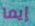
إيما